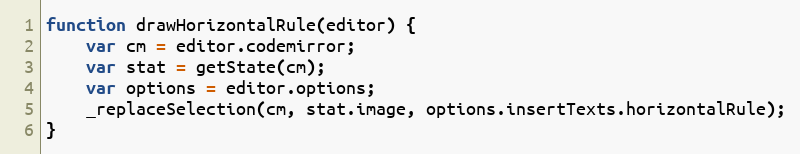
Language: JavaScript
function drawHorizontalRule(editor) {
	var cm = editor.codemirror;
	var stat = getState(cm);
	var options = editor.options;
	_replaceSelection(cm, stat.image, options.insertTexts.horizontalRule);
}